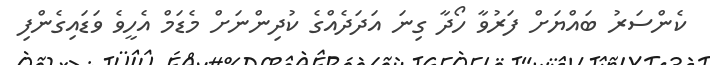
ކެންސަރު ބައްޔަށް ފަރުވާ ހޯދާ ގިނަ އަދަދެއްގެ ކުދިންނަށް މެޑަމް އެހީވެ ވަޑައިގެންފި